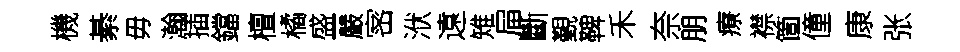
機綦毋瀚插鐺檀橘盛嚴宻洑遠雉屇斷覲鞞禾奈朋療襟箇僮康张